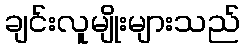
ချင်းလူမျိုးများသည်